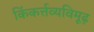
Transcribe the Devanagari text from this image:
किंकर्त्तव्यविमूढ़